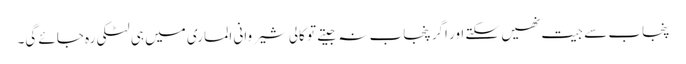
پنجاب سے جیت نھیں سکتے اور اگر پنجاب نہ جیتے تو کالی شیروانی الماری میں ہی لٹکی رہ جائے گی۔